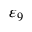
\varepsilon _ { 9 }